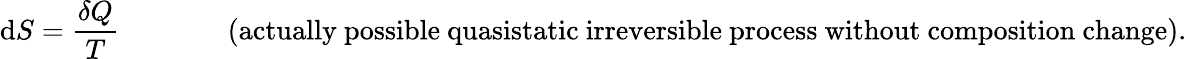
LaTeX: \mathrm{d}S={\frac{\delta Q}{T}}\, \, \, \, \, \, \, \, \, \, \, \, \, \, \, \, \, \, \, \, \, \, \, {\mathrm{(actually~possible~quasistatic~irreversible~process~without~composition~change).}}